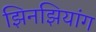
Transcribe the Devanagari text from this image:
झिनझियांग